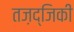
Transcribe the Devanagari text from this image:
तज़द्जिकी